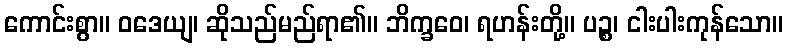
ကောင်းစွာ။ ဝဒေယျ၊ ဆိုသည်မည်ရာ၏။ ဘိက္ခဝေ၊ ရဟန်းတို့။ ပဉ္စ၊ ငါးပါးကုန်သော။